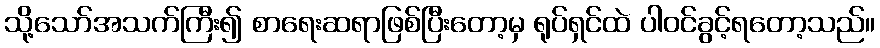
သို့သော်အသက်ကြီး၍ စာရေးဆရာဖြစ်ပြီးတော့မှ ရုပ်ရှင်ထဲ ပါဝင်ခွင့်ရတော့သည်။